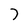
Character: 7